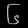
Digit: ၆